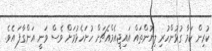
ކުރިން ކަމާ ގުޅުންހުރި ލިޔުންތައް އައިޖީއެމްއެޗަށް ހުށަހެޅުމަށް ވެސް ވަނީ އަންގާފަ އެވެ.